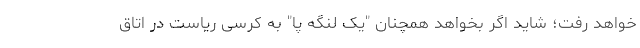
خواهد رفت؛ شاید اگر بخواهد همچنان "یک لنگه پا" به کرسی ریاست در اتاق